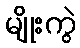
မျိုးကွဲ